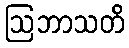
ဩဘာသတိ